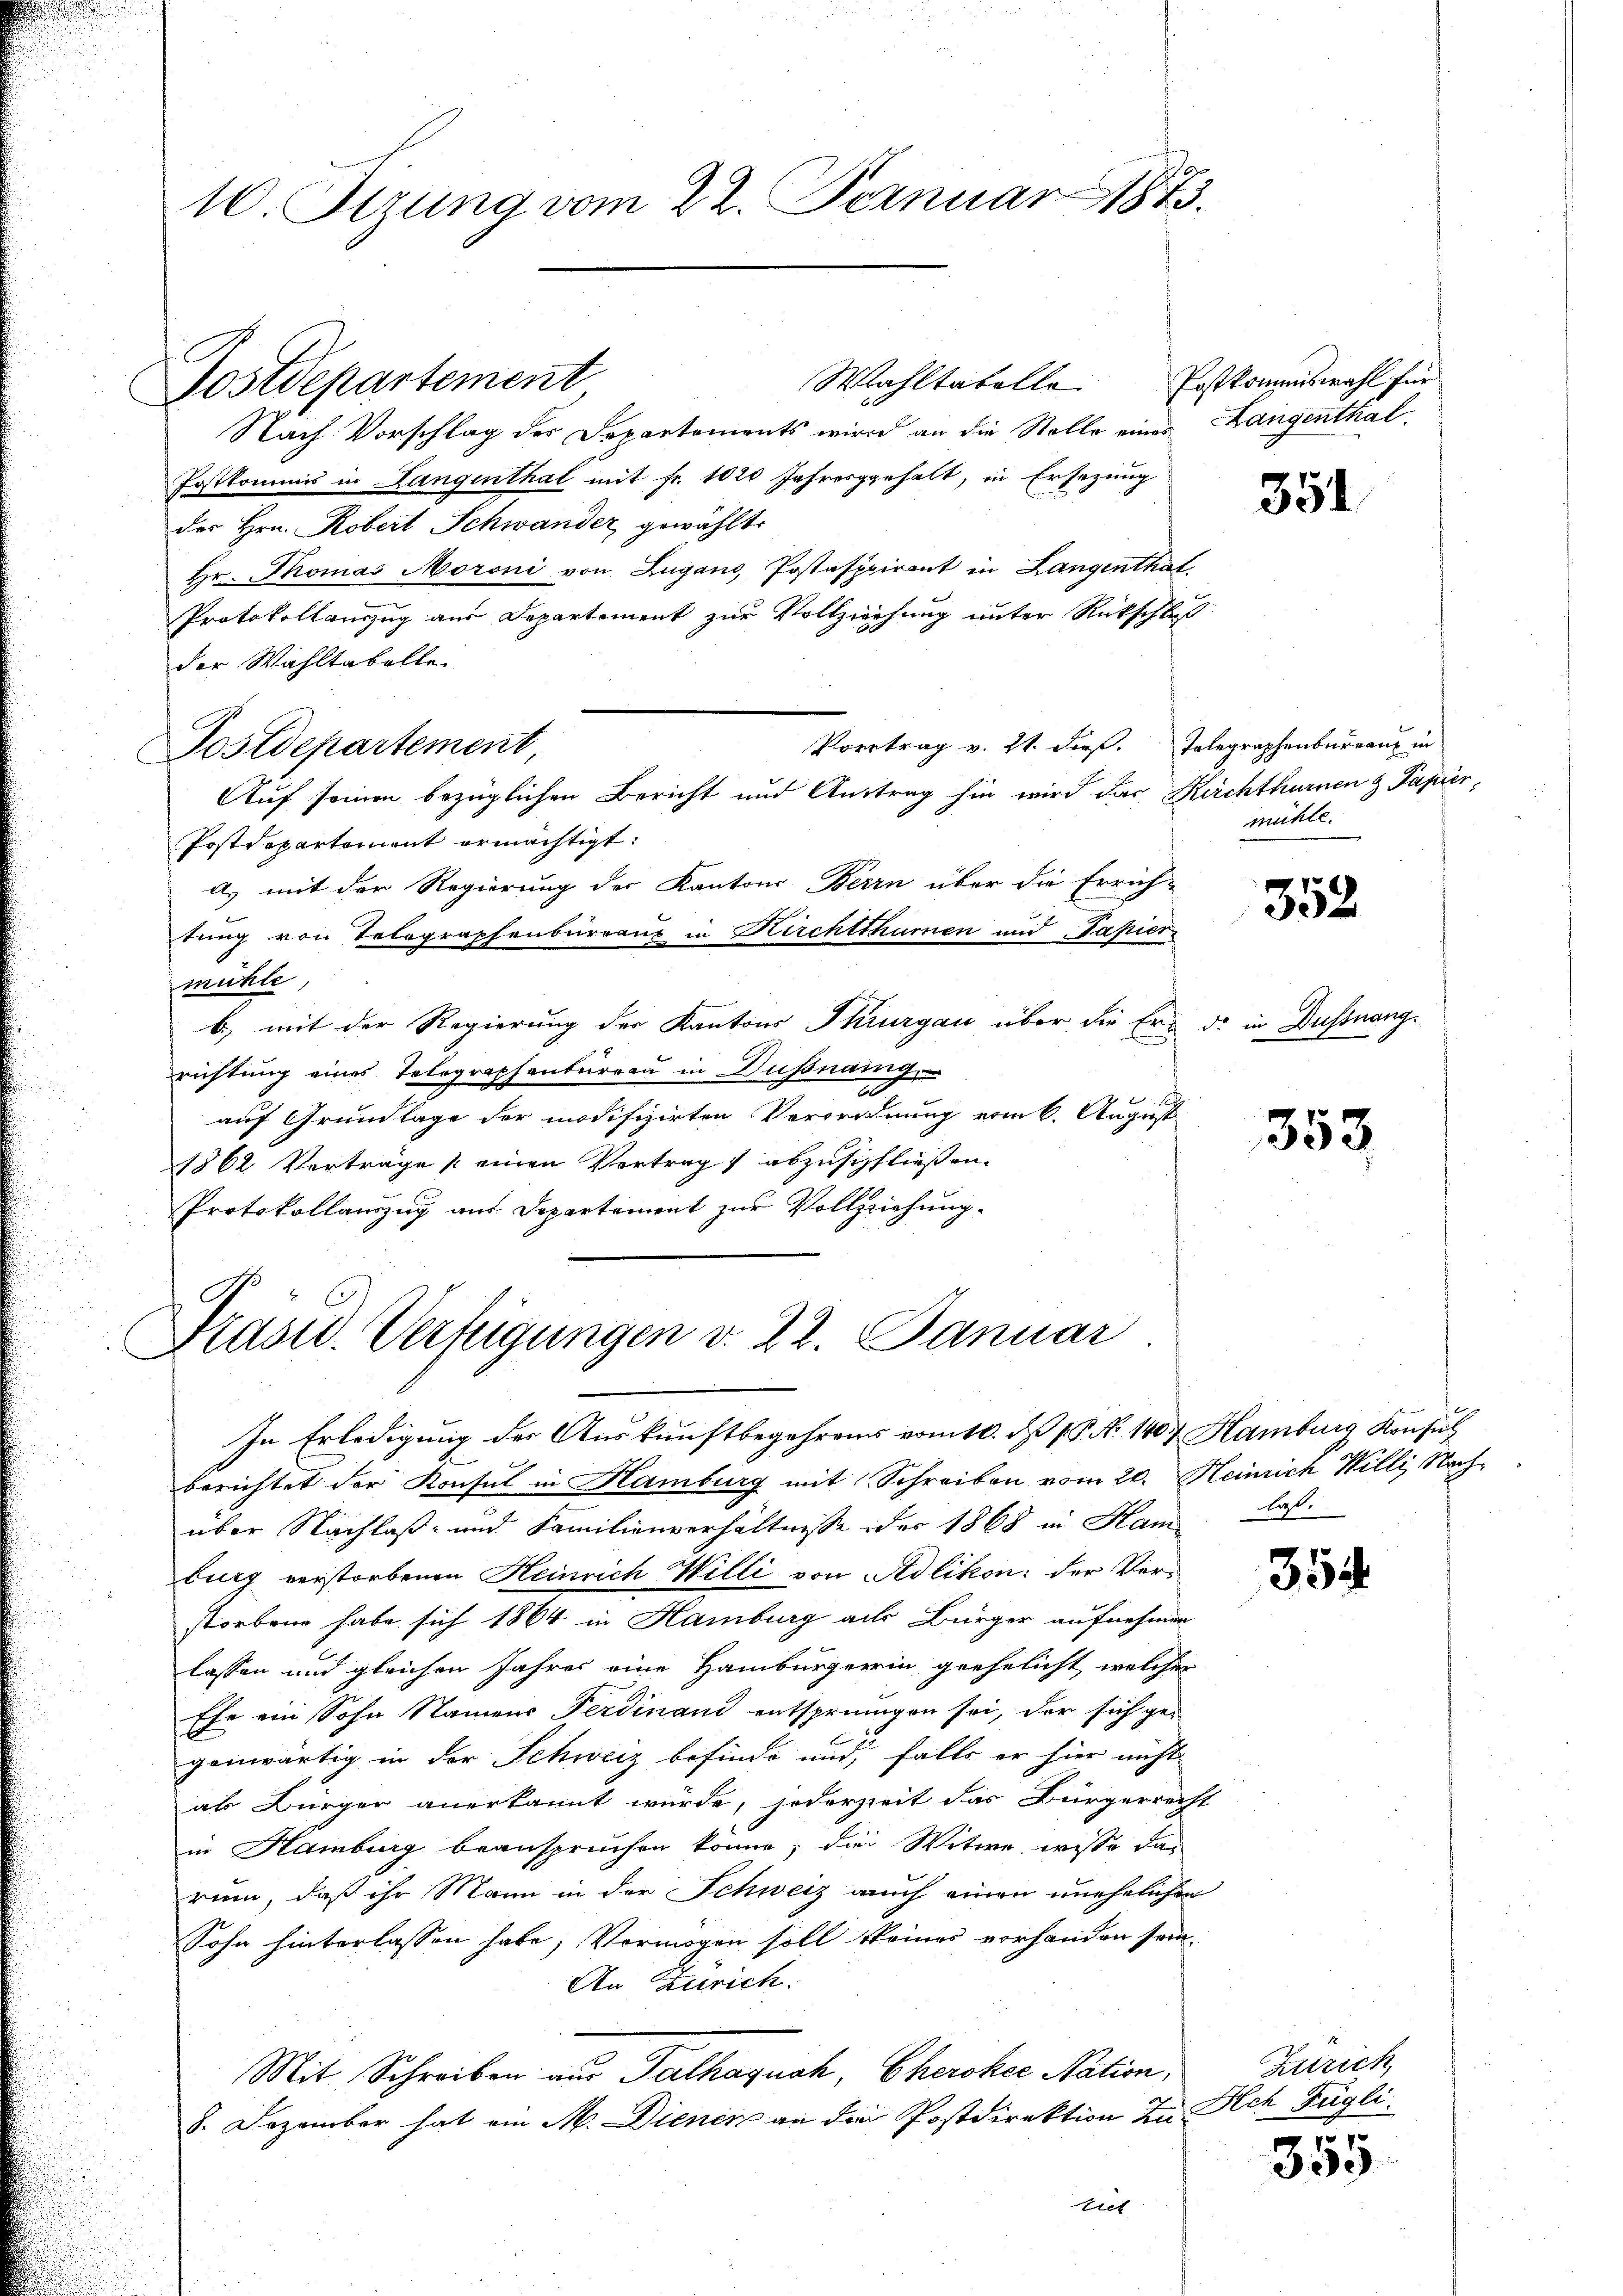
10. Sezung vom 22. Jeznuar 1873.

Postdepartement

Wahltatelle. Postkommiswahl für
Nach Vorschlag des Departements wird an die Stelle einer Langenthal¬
Postkommis in Langenthal mit fr. 1020 Jahresgehalt, in Ersezung
des Hrn. Robert Schwander gewählt:
Hr. Thomas Moroni von Lugano, Postaspirant in Langenthat
Protokollauszug aus Departement zur Vollziehung unter Rückschluß
der Wahltabelle
Vortrag v. 21. dieß. Telegraphenbureau in
Postdepartement,
Auf seinen bezüglichen Bericht und Auftrag hin wird das Kirchthurnen & Papier,
Postdepartement ermächtigt.
A) mit der Regierung der Kantons Berin über die Errich-
tung von Telegraphenbureaux in Kirchtituren und Papier
mühle
b) mit der Regierung der Kantons Thurgau über die Er de in Dussnang
richtung eines Telegraphenturren in Dußnang,
a
l
auf Grundlage der modifizirten Verordnung vom 6. August
1862 Verträge /: einen Vertrag abzuschließen.
Protokollauszug aus Departement zur Vollziehung

Präsid. Verfügungen v. 22. Januar

In Erledigung der Auskunftbegehrens vom 10. d. 15. No. 140. Hamburg Konsul
berichtet der Konsul in Hamburg mit Schreiben vom 20. Heinrich Willi, Nachüber Nachlaß- und Familienverhältnisse der 1868 in Ham laß
burg verstorbenen Heinrich Willi von Adlikon: der Verstorbene habe sich 1864 in Hamburg als Bürger aufnehmen
lassen und gleichen Jahres eine Hamburgerin geehelicht, welcher
Ehe ein Sohn Namens Ferdinand entspringen sei, der sich ge-
genwärtig in der Schweiz befinde und, falls er hier nicht
als Bürger anerkannt wurde, jederzeit das Bürgerrecht
in Hamburg beanspruchen könne; die Witwe, wisse da-
rum, daß ihr Mann in der Schweiz auch einen unehelichen
Sohn hinterlassen habe, Vermögen soll seines vorhanden sein.
An Zürich.
Mit Schreiben aus Talhaquch, Cherokee Nation,
8. Dezember hat ein M. Dienen an die Postdirektion zu Ach Fügli
Tret

351

mühle.

352

353.

354

Strich
1

359